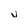
Character: V